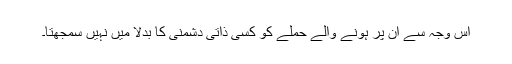
اس وجہ سے ان پر ہونے والے حملے کو کسی ذاتی دشمنی کا بدلا میں نہیں سمجھتا۔